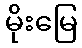
မိုးမြေ